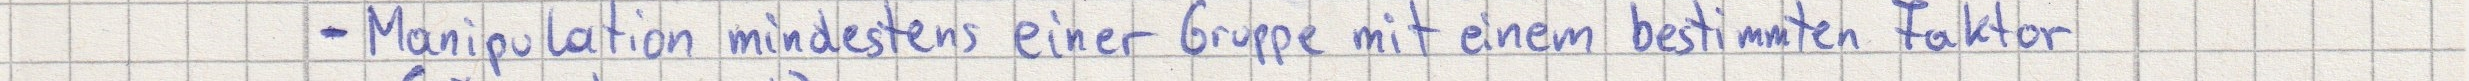
- Manipulation mindestens einer Gruppe mit einem bestimmten Faktor